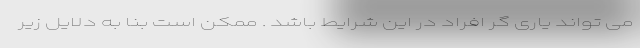
می تواند یاری گر افراد در این شرایط باشد . ممکن است بنا به دلایل زیر